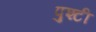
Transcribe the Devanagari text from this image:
पुश्टी